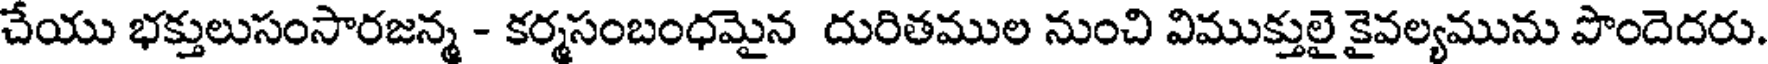
చేయు భక్తులుసంసారజన్మ - కర్మసంబంధమైన దురితముల నుంచి విముక్తులై కైవల్యమును పొందెదరు.